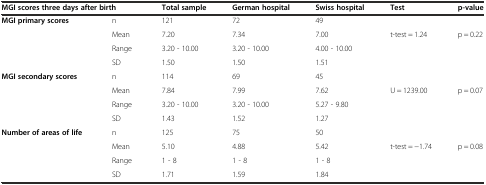
<table><thead><tr><td colspan="2"><b>MGI scores three days after birth</b></td><td><b>Total sample</b></td><td><b>German hospital</b></td><td><b>Swiss hospital</b></td><td><b>Test</b></td><td><b>p-value</b></td></tr></thead><tbody><tr><td><b>MGI primary scores</b></td><td>n</td><td>121</td><td>72</td><td>49</td><td></td><td></td></tr><tr><td></td><td>Mean</td><td>7.20</td><td>7.34</td><td>7.00</td><td>t-test = 1.24</td><td>p = 0.22</td></tr><tr><td></td><td>Range</td><td>3.20 - 10.00</td><td>3.20 - 10.00</td><td>4.00 - 10.00</td><td></td><td></td></tr><tr><td></td><td>SD</td><td>1.50</td><td>1.50</td><td>1.51</td><td></td><td></td></tr><tr><td><b>MGI secondary scores</b></td><td>n</td><td>114</td><td>69</td><td>45</td><td></td><td></td></tr><tr><td></td><td>Mean</td><td>7.84</td><td>7.99</td><td>7.62</td><td>U = 1239.00</td><td>p = 0.07</td></tr><tr><td></td><td>Range</td><td>3.20 - 10.00</td><td>3.20 - 10.00</td><td>5.27 - 9.80</td><td></td><td></td></tr><tr><td></td><td>SD</td><td>1.43</td><td>1.52</td><td>1.27</td><td></td><td></td></tr><tr><td><b>Number of areas of life</b></td><td>n</td><td>125</td><td>75</td><td>50</td><td></td><td></td></tr><tr><td></td><td>Mean</td><td>5.10</td><td>4.88</td><td>5.42</td><td>t-test = −1.74</td><td>p = 0.08</td></tr><tr><td></td><td>Range</td><td>1 - 8</td><td>1 - 8</td><td>1 - 8</td><td></td><td></td></tr><tr><td></td><td>SD</td><td>1.71</td><td>1.59</td><td>1.84</td><td></td><td></td></tr></tbody></table>